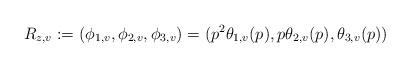
LaTeX: \begin{align*}R_{z,v} := (\phi_{1,v},\phi_{2,v},\phi_{3,v}) = (p^2\theta_{1,v}(p), p\theta_{2,v}(p), \theta_{3,v}(p))\end{align*}